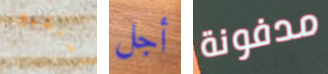
أستطيع أجل مدفونة